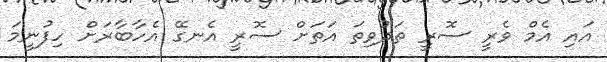
އައި އެމް ވެރީ ސޮރީ ތަދުވިތަ އަތަށް ސޮރީ އެނގޭ އެހާބާރަށް ހިފުނީމަ